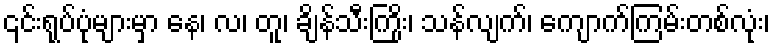
၎င်းရုပ်ပုံများမှာ နေ၊ လ၊ တူ၊ ချိန်သီးကြိုး၊ သန်လျက်၊ ကျောက်ကြမ်းတစ်လုံး၊